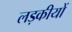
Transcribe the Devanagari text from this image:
लड़कीयों